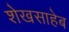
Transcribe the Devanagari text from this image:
शेखसाहेब